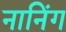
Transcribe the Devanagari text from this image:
नानिंग